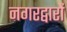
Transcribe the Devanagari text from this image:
नगरद्वारों